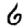
Digit: 6